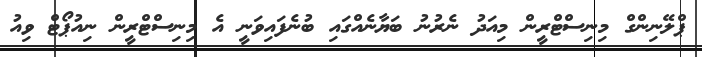
ޕްލޭނިންގް މިނިސްޓްރީން މިއަދު ނެރުނު ބަޔާނެއްގައި ބުނެފައިވަނީ އެ މިނިސްޓްރީން ނިއުޕޯޓް ވިއު